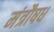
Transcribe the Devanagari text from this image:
मंत्रौषध